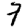
Digit: 7